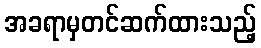
အခရာမှတင်ဆက်ထားသည့်